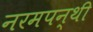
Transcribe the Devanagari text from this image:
नरमपन्थी